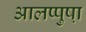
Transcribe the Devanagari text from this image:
आलप्पुषा़